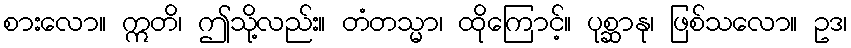
စားလော။ ဣတိ၊ ဤသို့လည်း။ တံတသ္မာ၊ ထိုကြောင့်။ ပုစ္ဆာနု၊ ဖြစ်သလော။ ဥဒ၊